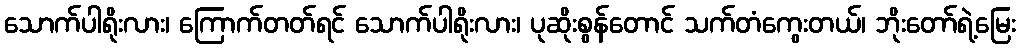
သောက်ပါရိုးလား၊ ကြောက်တတ်ရင် သောက်ပါရိုးလား၊ ပုဆိုးစွန်တောင် သက်တံကွေးတယ်၊ ဘိုးတော်ရဲ့မြေး